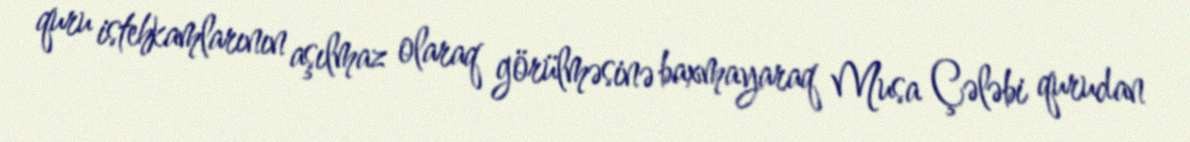
quru istehkamlarının aşılmaz olaraq görülməsinə baxmayaraq Musa Çələbi qurudan